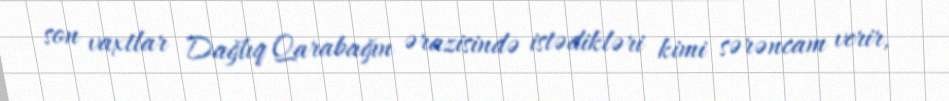
son vaxtlar Dağlıq Qarabağın ərazisində istədikləri kimi sərəncam verir,